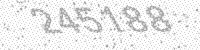
Solution: 245188